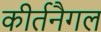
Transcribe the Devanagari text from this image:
कीर्तनैगल